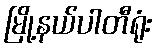
မြို့နယ်ပါတီရုံး